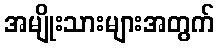
အမျိုးသားများအတွက်